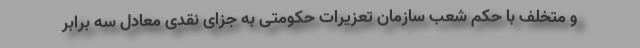
و متخلف با حکم شعب سازمان تعزیرات حکومتی به جزای نقدی معادل سه برابر